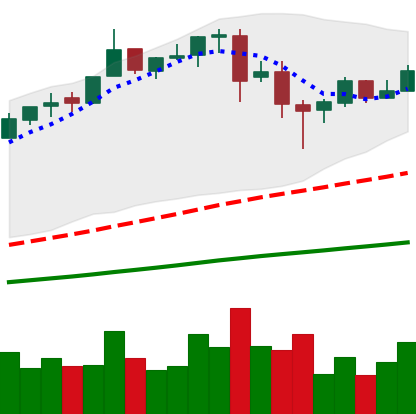
Ticker: BTC-USD
Chart end date: 2017-06-20
Forward return: -4.864%
Label: down_3_5